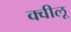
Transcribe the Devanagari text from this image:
क्वीलू